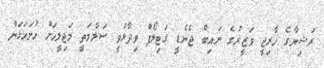
ރަޝިޔާގެ ޚާރިޖީ ވަޒީރުގެ ނައިބް ޖެނެޑީ ގަޓިލޯފް ވިދާޅުވީ ސަލާމަތީ މަޖިލީހަށް ހުށަހަޅަން